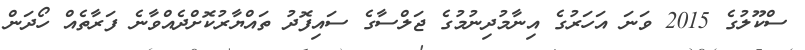
ސްކޫލުގެ 2015 ވަނަ އަހަރުގެ އިނާމުދިނުމުގެ ޖަލްސާގެ ސައިފޮދު ތައްޔާރުކޮށްދެއްވާނެ ފަރާތެއް ހޯދަން